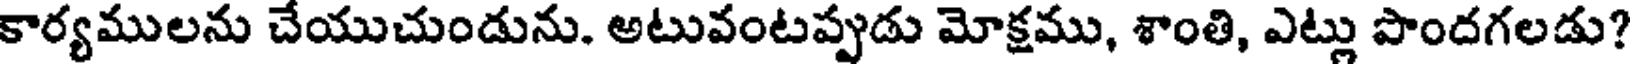
కార్యములను చేయుచుండును. అటువంటప్పుడు మోక్షము, శాంతి, ఎట్లు పొందగలడు?